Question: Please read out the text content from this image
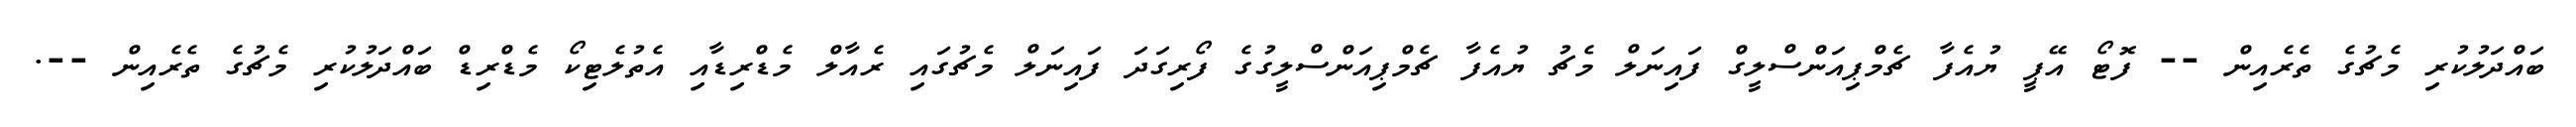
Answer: ބައްދަލުކުރި މެޗުގެ ތެރެއިން -- ފޮޓޯ އޭޕީ ޔުއެފާ ޗެމްޕިއަންސްލީގް ފައިނަލް މެޗު ޔުއެފާ ޗެމްޕިއަންސްލީގުގެ ފޯރިގަދަ ފައިނަލް މެޗުގައި ރެއާލް މެޑްރިޑާއި އެތުލެޓިކޯ މެޑްރިޑް ބައްދަލުކުރި މެޗުގެ ތެރެއިން --.